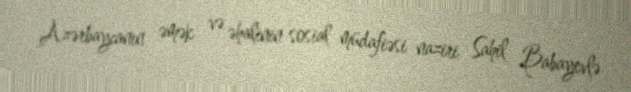
Azərbaycanın əmək və əhalinin sosial müdafiəsi naziri Sahil Babayevlə